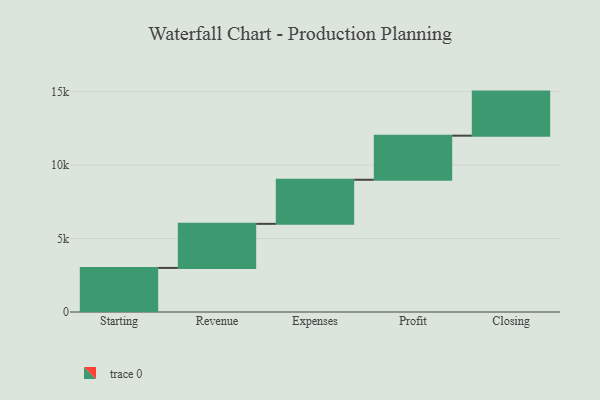
{"axis": {"x": "Step", "y": "Value"}, "legend": [""], "data": [{"x": "Starting", "y": 3000, "type": ""}, {"x": "Revenue", "y": 3000, "type": ""}, {"x": "Expenses", "y": 3000, "type": ""}, {"x": "Profit", "y": 3000, "type": ""}, {"x": "Closing", "y": 3000, "type": ""}]}